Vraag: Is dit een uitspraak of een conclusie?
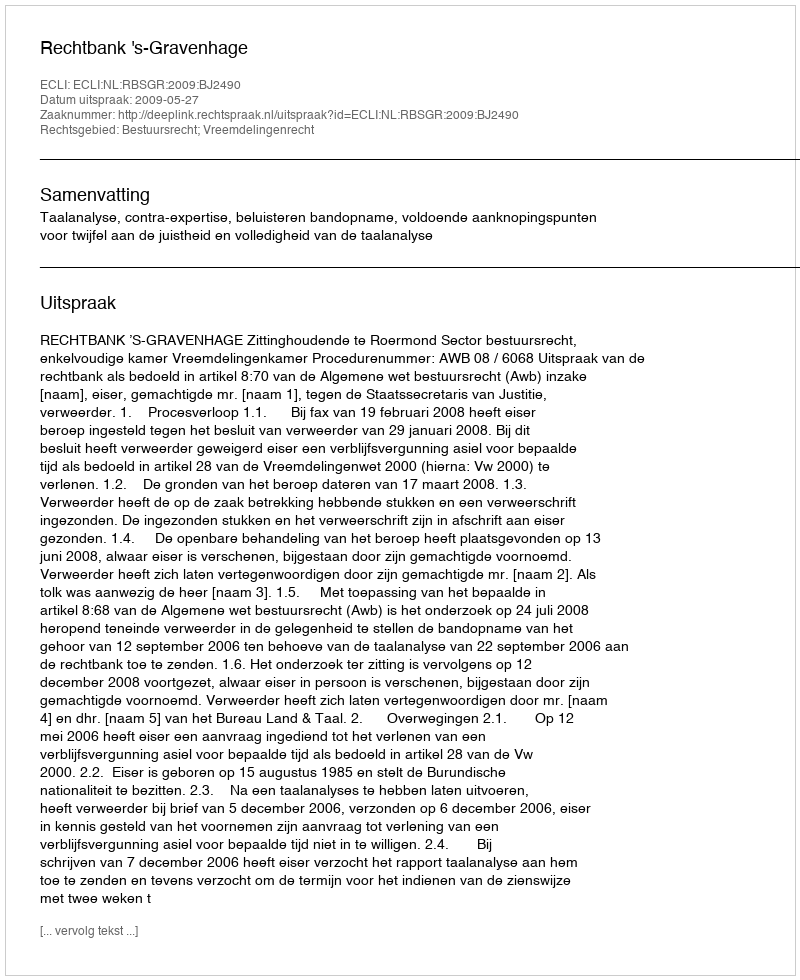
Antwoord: Uitspraak